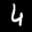
Label: 4